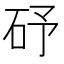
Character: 䂛